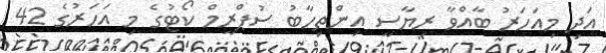
އަދި މިއަހަރު ބާއްވާ ރިޔާސީ އިންތިހާބު ސުޕްރީމް ކޯޓުގެ މި އަހަރުގެ 42